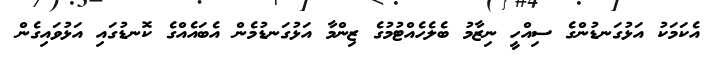
އެކަމަކު އަޅުގަނޑުންގެ ސިއްހީ ނިޒާމު ބެލެހެއްޓުމުގެ ޒިންމާ އަޅުގަނޑުމެން އެބައެއްގެ ކޮނޑުގައި އަޅުވައިގެން